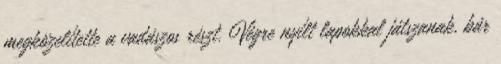
megközelítette a vadászos részt. Végre nyílt lapokkal játszanak, bár